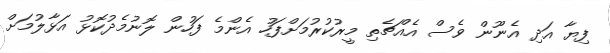
ފިޔާ އަދި އެނޫން ވެސް އެއްޗެތި މީރުކުރުމަށްފަހު އެންމެ ފަހުން ލޮނުމެދުކޮޅު އަޅާލުމަށް